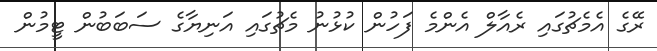
ރޭގެ އެމެޗުގައި ރެއާލް އެންމެ ފަހުން ކުޅުނު މެޗުގައި އަނިޔާގެ ސަބަބުން ޓީމުން